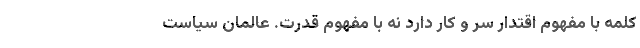
کلمه با مفهوم اقتدار سر و کار دارد نه با مفهوم قدرت. عالمان سیاست